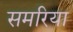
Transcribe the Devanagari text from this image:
समरिया